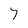
Character: 7